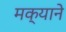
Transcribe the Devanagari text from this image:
मक्याने